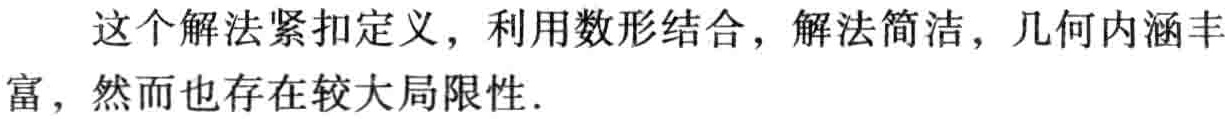
这个解法紧扣定义，利用数形结合，解法简洁，几何内涵丰富，然而也存在较大局限性.